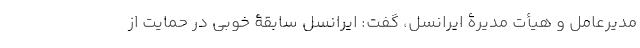
مدیرعامل و هیأت مدیرۀ ایرانسل، گفت: ایرانسل سابقۀ خوبی در حمایت از